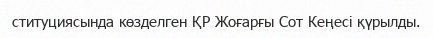
ституциясында көзделген ҚР Жоғарғы Сот Кеңесі қүрылды.